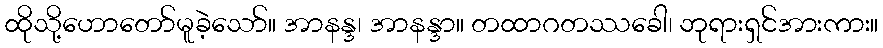
ထိုသို့ဟောတော်မူခဲ့သော်။ အာနန္ဒ၊ အာနန္ဒာ။ တထာဂတဿခေါ၊ ဘုရားရှင်အားကား။